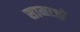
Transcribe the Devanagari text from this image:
सामाजों